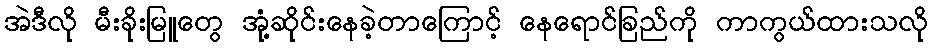
အဲဒီလို မီးခိုးမြူတွေ အုံ့ဆိုင်းနေခဲ့တာကြောင့် နေရောင်ခြည်ကို ကာကွယ်ထားသလို